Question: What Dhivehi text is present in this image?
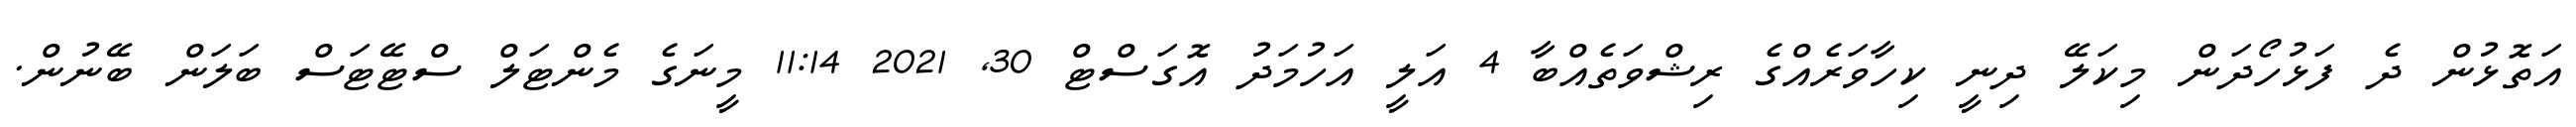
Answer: އަތޮޅުން ދެ ފަޅުހޯދަން މިކަލޭ ދިނީ ކިހާވަރެއްގެ ރިޝްވަތެއްބާ 4 އަލީ އަހުމަދު އޮގަސްޓް 30, 2021 11:14 މީނަގެ މެންޓަލް ސްޓޭޓަސް ބަލަން ބޭނުން.